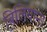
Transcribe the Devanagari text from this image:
बिलियाना